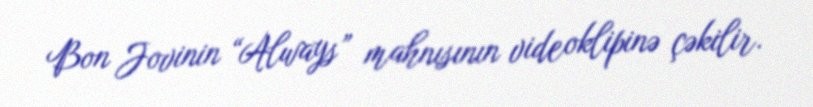
Bon Jovinin “Always” mahnısının videoklipinə çəkilir.